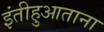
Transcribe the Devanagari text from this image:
इंतीहुआताना